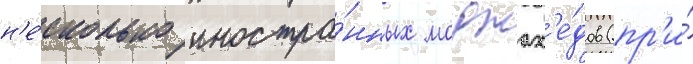
н'е́сколько иностра́нных моджах'е́дов (пр'и́